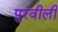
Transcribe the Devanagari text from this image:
पुरवीली